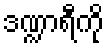
ဒဏ္ဍာရီကို